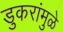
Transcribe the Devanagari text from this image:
डुकरांमुळे